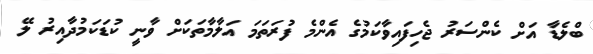
ބްލެޑާ އަށް ކެންސަރު ޖެހިފައިވާކަމުގެ އެންމެ ފުރަތަމަ އަލާމާތަކަށް ވާނީ ކުޑަކަމުދާއިރު ލޭ